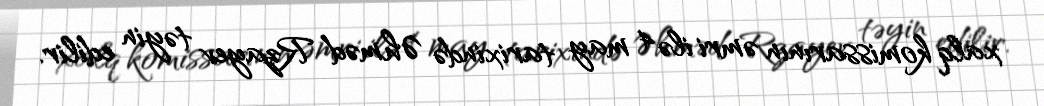
xalq komissarının əmri ilə 4 may tarixində Əhməd Rzayev təyin edilir.